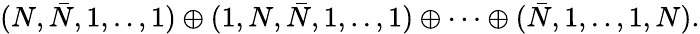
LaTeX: (N,\bar{N},1,..,1)\oplus(1,N,\bar{N},1,..,1)\oplus\cdots\oplus(\bar{N},1,..,1,N).